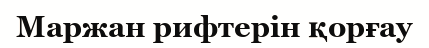
Маржан рифтерін қорғау